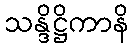
သန္ဒိဋ္ဌိကာနိ